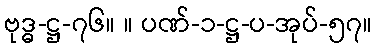
ဗုဒ္ဓ-ဋ္ဌ-၇၆။ ။ ပဏ်-၁-ဋ္ဌ-ပ-အုပ်-၅၇။